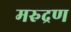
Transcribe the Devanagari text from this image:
मरुद्रण